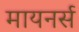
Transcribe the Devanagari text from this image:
मायनर्स